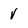
Character: V